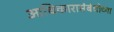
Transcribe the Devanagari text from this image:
आधिकारासंबंधीच्या